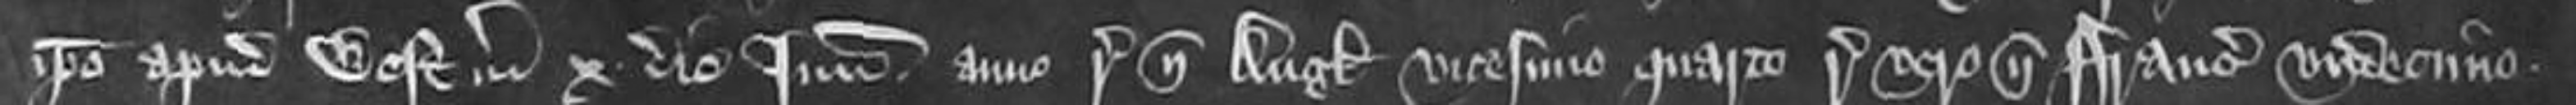
ipso apud Westmonasterium x die Junii anno regni nostri Anglie vicesimo quarto regni vero nostri Francie undecimo.